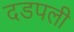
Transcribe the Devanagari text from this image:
दडपली